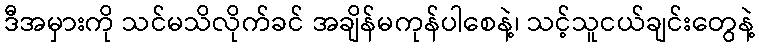
ဒီအမှားကို သင်မသိလိုက်ခင် အချိန်မကုန်ပါစေနဲ့၊ သင့်သူငယ်ချင်းတွေနဲ့